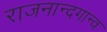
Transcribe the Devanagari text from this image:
राजनान्दगान्व